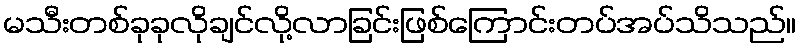
မသီးတစ်ခုခုလိုချင်လို့လာခြင်းဖြစ်ကြောင်းတပ်အပ်သိသည်။